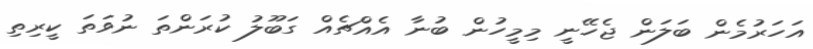
އަހަރުމެން ބަލަން ޖެހޭނީ މިމީހުން ބުނާ އެއްޗެއް ގަބޫލު ކުރަންތަ ނުވަތަ ކީރިތި